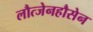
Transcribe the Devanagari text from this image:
लौत्जेनहौसेन